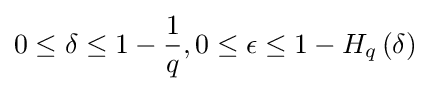
0\leq \delta \leq 1-{1 \over q},0\leq \epsilon \leq 1-H_{q}\left(\delta \right)